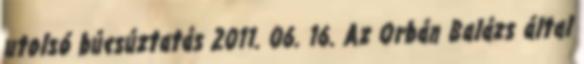
utolsó búcsúztatás 2011. 06. 16. Az Orbán Balázs által